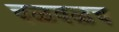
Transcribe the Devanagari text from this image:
चळवळच